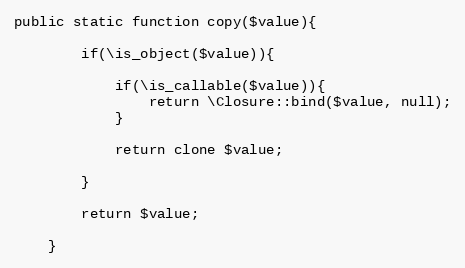
Language: PHP
public static function copy($value){

		if(\is_object($value)){

			if(\is_callable($value)){
				return \Closure::bind($value, null);
			}

			return clone $value;

		}

		return $value;

	}